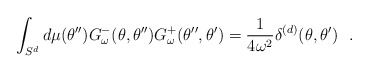
\begin{align*}\int_{S^d}d\mu (\theta'')G^-_\omega (\theta , \theta '')G^+_\omega (\theta '' , \theta ')={1\over 4\omega^2} \delta^{(d)}(\theta ,\theta ' )~~.\end{align*}